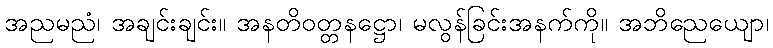
အညမညံ၊ အချင်းချင်း။ အနတိဝတ္တနဋ္ဌော၊ မလွန်ခြင်းအနက်ကို။ အဘိညေယျော၊